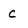
Character: c